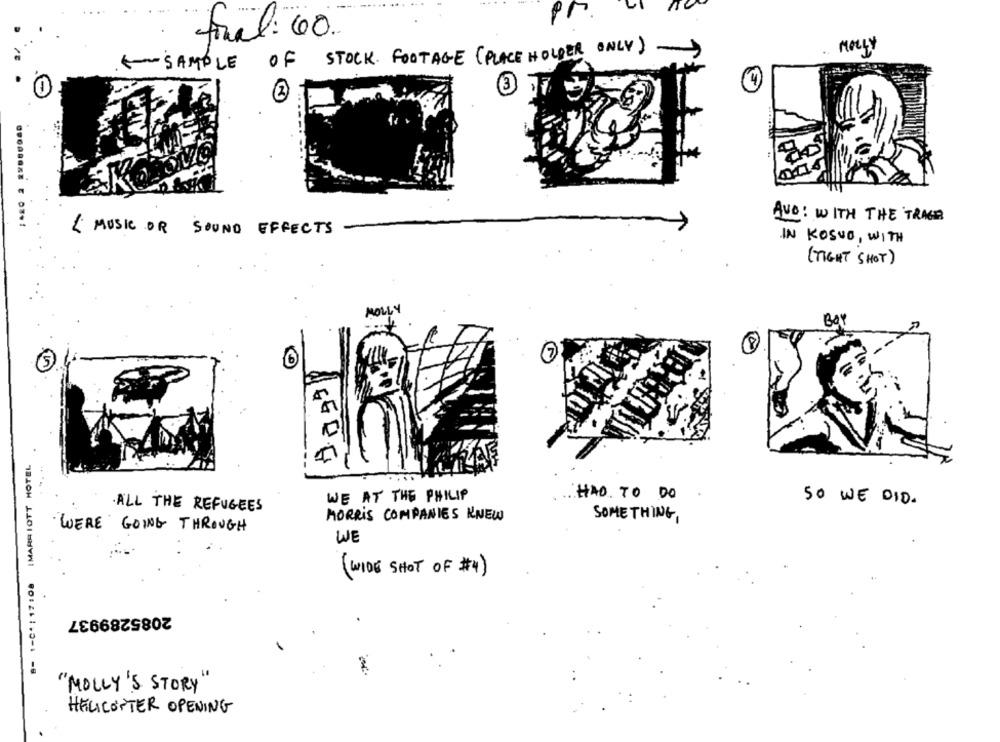
final: 60.
MOLLY
SAMPLE OF STOCK FOOTAGE (PLACE HOLDER ONLY) ->
AVO: WITH THE TRAGE
{ MUSIC OR SOUND EFFECTS
IN KOSUO, WITH
(TIGHT SHOT)
MOLLY
7
5
B- 1-04:17:08 IMARRIOTT HOTEL
WE AT THE PHILIP
HAD TO DO
SO WE DID.
.ALL THE REFUGEES
MORRIS COMPANIES KNEW
SOMETHING,
WERE GOING THROUGH
WE
( WIDE SHOT OF #4)
2085289937
=
"MOLLY'S STORY"
HELICOPTER OPENING